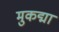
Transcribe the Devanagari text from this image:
मुकद्मा